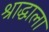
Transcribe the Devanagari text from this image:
श्राद्धाला